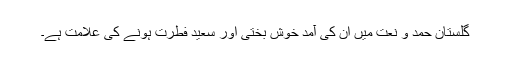
گلستانِ حمد و نعت میں ان کی آمد خوش بختی اور سعید فطرت ہونے کی علامت ہے۔